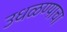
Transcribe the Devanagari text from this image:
उधळण्याचा